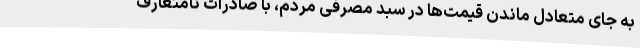
به جای متعادل ماندن قیمت‌ها در سبد مصرفی مردم، با صادرات نامتعارف